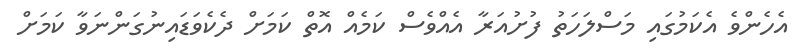
އެހެންވެ އެކަމުގައި މަސްލަހަތު ފުށުއަރާ އެއްވެސް ކަމެއް އޮތް ކަމަށް ދެކެވަޑައިނުގަންނަވާ ކަމަށް